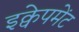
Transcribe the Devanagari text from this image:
इक्वेपमेंट